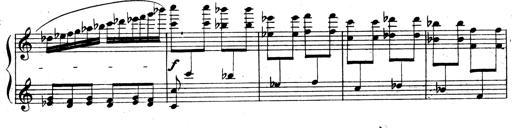
Title: 3 Sonatinas for Piano
Composer: Vissarion Shebalin